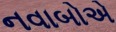
નવાબોએ